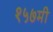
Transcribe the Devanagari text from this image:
१५७मी